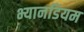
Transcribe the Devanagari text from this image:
भ्यानडियम